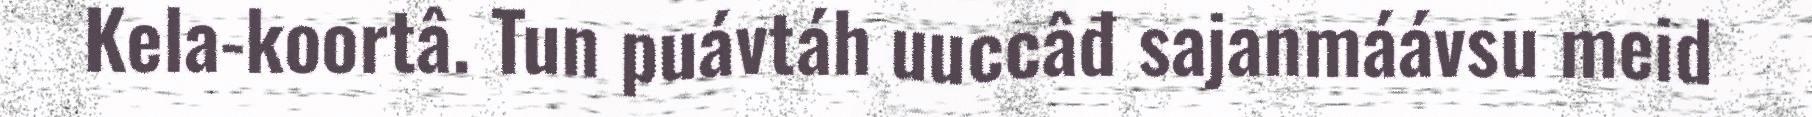
Kela-koortâ. Tun puávtáh uuccâđ sajanmáávsu meid